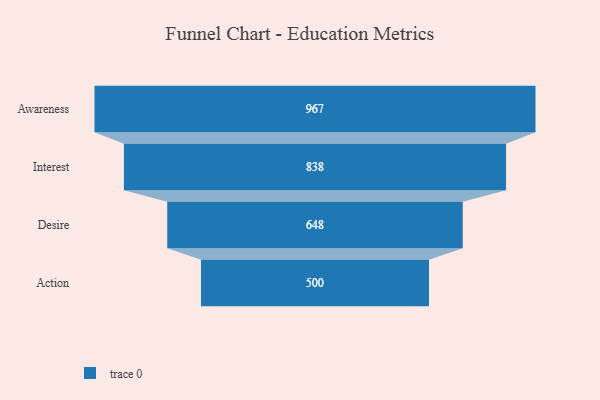
{"axis": {"x": "Stage", "y": "Value"}, "legend": [""], "data": [{"x": "Awareness", "y": 967.0, "type": ""}, {"x": "Interest", "y": 838.0, "type": ""}, {"x": "Desire", "y": 648.0, "type": ""}, {"x": "Action", "y": 500, "type": ""}]}